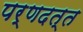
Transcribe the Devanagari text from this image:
पर्णदत्त